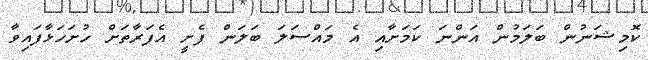
ކޮމިޝަނުން ބަލަމުން އަންނަ ކަމަށާއި އެ މައްސަލަ ބަލަން ފެށީ އެފަރާތަށް ހުށަހަޅާފައިވާ